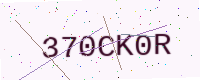
Text: 370CK0R